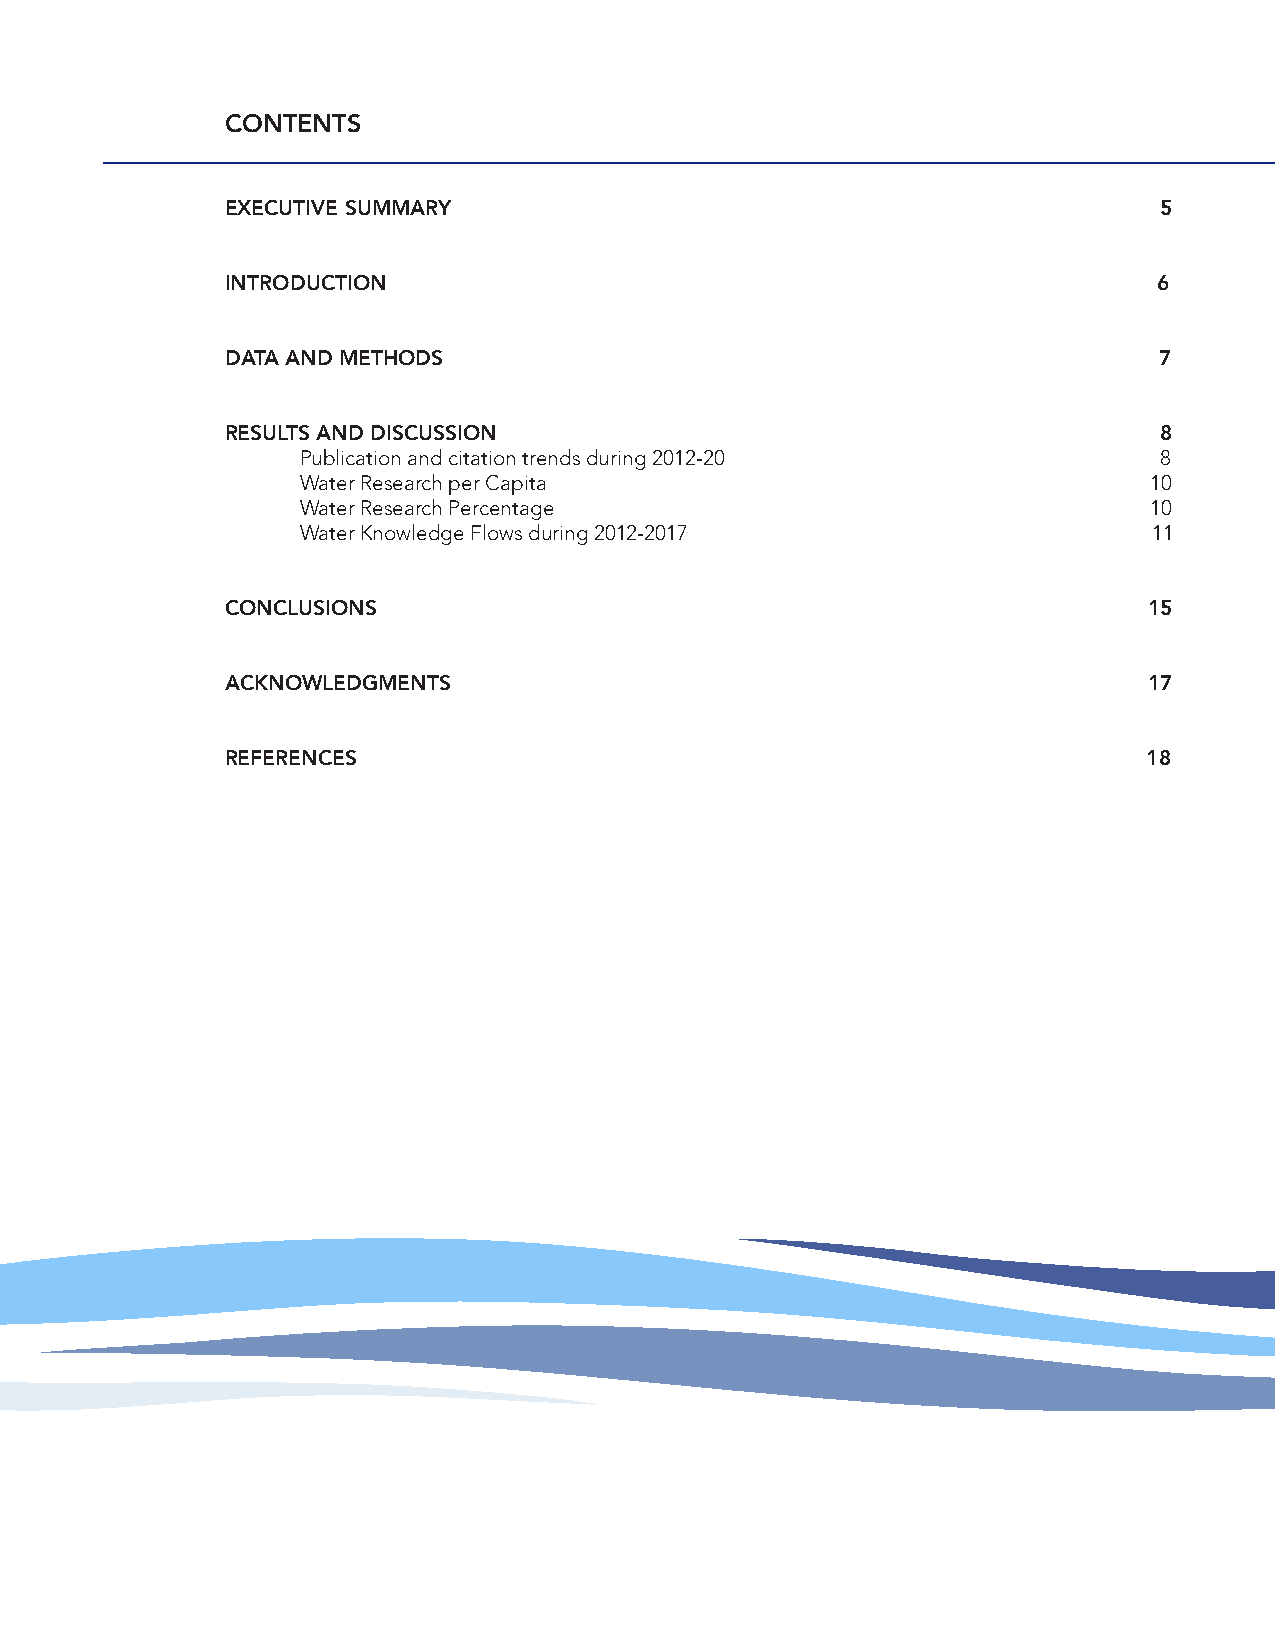
CONTENTS
 EXECUTIVE SUMMARY                                             5
 INTRODUCTION                                                  6
 DATA AND METHODS                                              7
 RESULTS AND DISCUSSION                                        8
 Publication and citation trends during 2012-20           8
 Water Research per Capita                               10
 Water Research Percentage                               10
 Water Knowledge Flows during 2012-2017                  11
 CONCLUSIONS                                                  15
 ACKNOWLEDGMENTS                                              17
 REFERENCES                                                   18